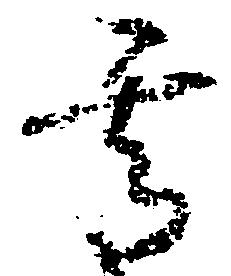
其